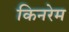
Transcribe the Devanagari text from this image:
किनरेम